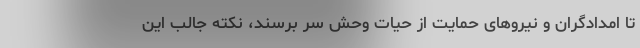
تا امدادگران و نیرو‌های حمایت از حیات وحش سر برسند، نکته جالب این